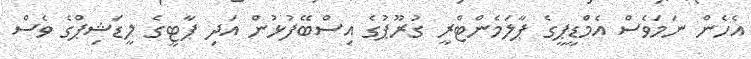
އެހެން ނަމަވެސް އެމްޑީޕީގެ ޕާލަމެންޓްރީ ގުރޫޕުގެ އިސްބޭފުޅުން އަދި ޕާޓީގެ ލީޑަޝިޕްގެ ވެސް